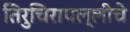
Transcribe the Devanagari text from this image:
तिरुचिरापल्लीचे